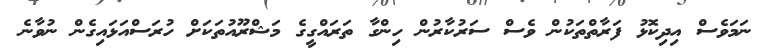
ނަމަވެސް އިދިކޮޅު ފަރާތްތަކުން ވެސް ސަރުކާރުން ހިންގާ ތަރައްގީގެ މަޝްރޫއުތަކަށް ހުރަސްއަޅައިގެން ނުވާނެ